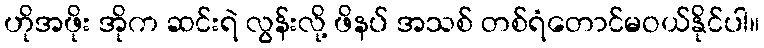
ဟိုအဖိုး အိုက ဆင်းရဲ လွန်းလို့ ဖိနပ် အသစ် တစ်ရံတောင်မဝယ်နိုင်ပါ။